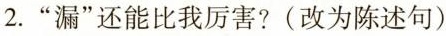
2.”漏”还能比我厉害?(改为陈述句)